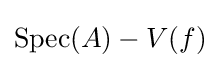
\operatorname {Spec} (A)-V(f)